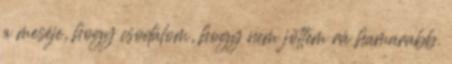
a meséje, hogy csodálom, hogy nem jöttem rá hamarabb.